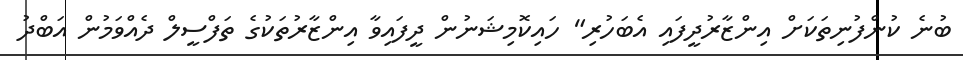
ބުނެ ކުންފުނިތަކަށް އިންޒާރުދީފައި އެބަހުރި" ހައިކޮމިޝަނުން ދީފައިވާ އިންޒާރުތަކުގެ ތަފްސީލް ދެއްވަމުން އަބްދު